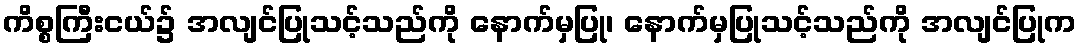
ကိစ္စကြီးငယ်၌ အလျင်ပြုသင့်သည်ကို နောက်မှပြု၊ နောက်မှပြုသင့်သည်ကို အလျင်ပြုက